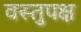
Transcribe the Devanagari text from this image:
वस्तुपक्ष